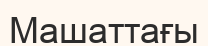
Машаттағы